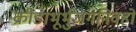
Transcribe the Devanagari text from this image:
क्रीडाभूर्भुजगनिवहो